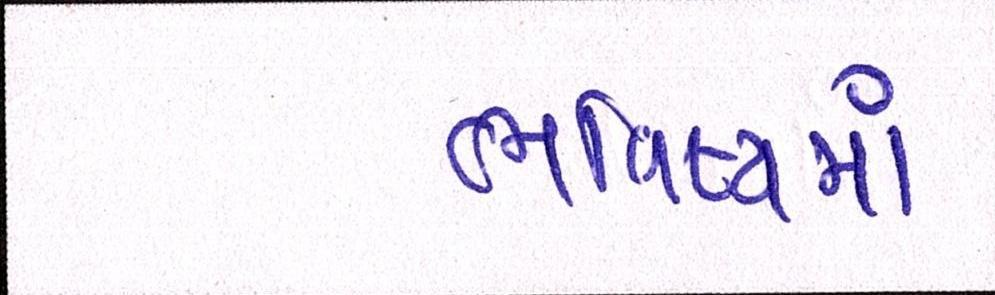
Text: ભવિષ્યમાં